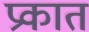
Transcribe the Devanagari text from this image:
प्रकात